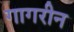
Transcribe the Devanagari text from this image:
गागरीन